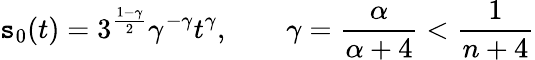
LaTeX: \mathtt{s}_{0}(t)=3^{\frac{{1-\gamma}}{{2}}}\gamma^{-\gamma}t^{\gamma},\qquad\gamma=\frac{{\alpha}}{{\alpha+4}}<\frac{{1}}{{n+4}}